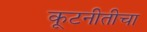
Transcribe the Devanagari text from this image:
कूटनीतीचा